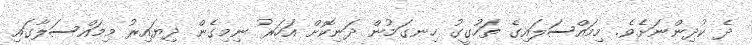
ދެ ކުދިންނަށެެވެ. މިމައްސަލައިގެ ތަހުގީގު ހިނގަމުން ދަނިކޮށް އަހަރު ނިމިގެން ދިޔައިރު މިމައްސަލާގައި